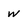
Character: W